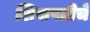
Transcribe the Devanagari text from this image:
शिवापतीचे